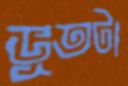
ভূতটা